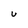
Character: U